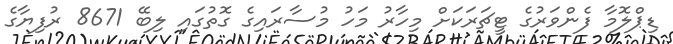
ޑިޕްލޮމާ ފެންވަރުގެ ޓީޗަރަކަށް މިހާރު މަހު މުސާރައިގެ ގޮތުގައި ލިބޭ 8671 ރުފިޔާގެ